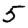
Digit: 5